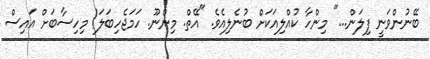
ބޭނުންވަނީ ފިލަން..." މިންހާ ކުއްލިއަކަށް ބުނެލިއެވެ. "އޭތް. މިންނޫ. ހަމަޖެހިބަލަ! މިހިސާބަށް އައިސް